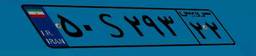
۵۰S۲۹۳۲۲